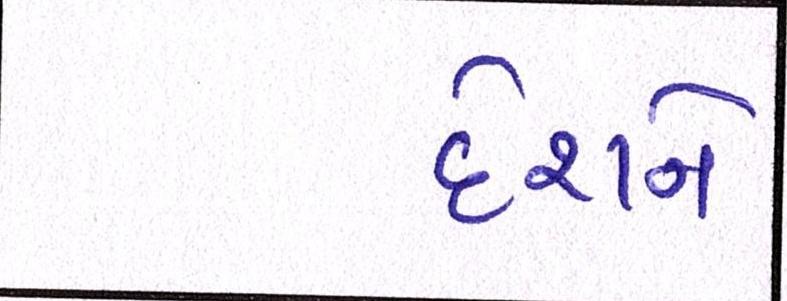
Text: દેશને